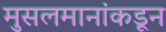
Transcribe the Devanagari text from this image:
मुसलमानांकडून